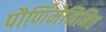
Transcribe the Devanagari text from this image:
पौर्णिमेनिमित्त